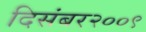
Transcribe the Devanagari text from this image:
दिसंबर२००९